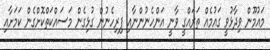
މައުމޫން ވިދާޅުވީ ގައުމެއް ތަރައްގީ ވާނީ އަންހެނުންނާއި ފިރިހެނުން ގުޅިގެން މަސައްކަތްކޮށްގެން ކަމަށާއި